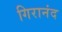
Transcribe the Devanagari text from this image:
गिरानंद